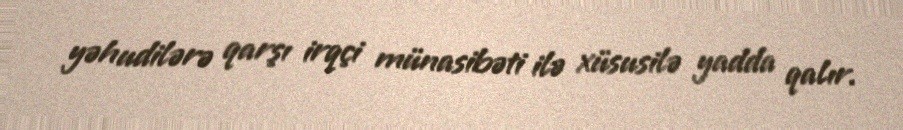
yəhudilərə qarşı irqçi münasibəti ilə xüsusilə yadda qalır.